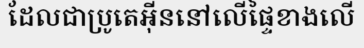
ដែលជាប្រូតេអ៊ីននៅលើផ្ទៃខាងលើ